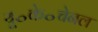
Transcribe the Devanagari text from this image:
यू॰के॰चेनल